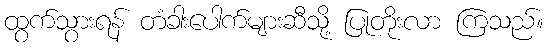
ထွက်သွားရန် တံခါးပေါက်များဆီသို့ ပြုတိုးလာ ကြသည်။